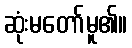
ဆုံးမတော်မူ၏။